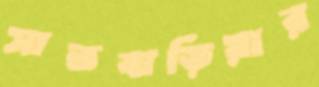
সাতবাড়িয়ার